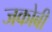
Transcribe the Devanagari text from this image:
जकोबी